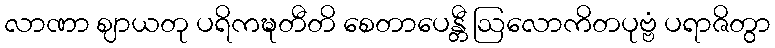
လာဏာ ဈာယတု ပရိကဍ္ဎတီတိ စေတာပေန္တီ ဩလောကိတပုဗ္ဗံ ပရာဇိတွာ